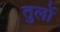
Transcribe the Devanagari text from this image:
तुलों